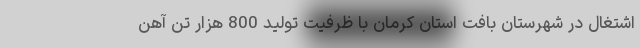
اشتغال در شهرستان بافت استان کرمان با ظرفيت توليد 800 هزار تن آهن